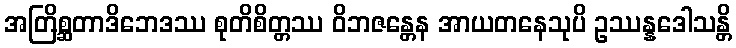
အတြိစ္ဆတာဒိဘေဒဿ စုတိစိတ္တဿ ဝိဘဇန္တေန အာယတနေသုပိ ဥဿန္နဒေါသန္တိ